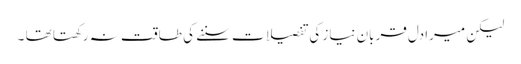
لیکن میرادل قربان نیاز کی تفصیلات سننے کی طاقت نہ رکھتا تھا ۔